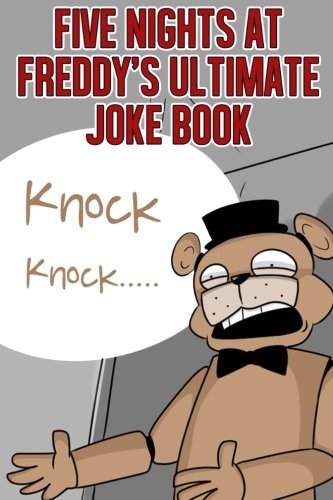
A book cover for Five Nights At Freddy's Ultimate Joke Book: Hilarious Things To Have you Laughing for Hours (Unofficial); Scary Bear Books; Children's Books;